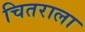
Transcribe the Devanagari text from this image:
चितराला